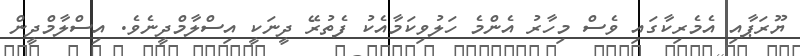
ޔޫރަޕާއި އެމެރިކާގައި ވެސް މިހާރު އެންމެ ހަލުވިކަމާއެކު ފެތުރޭ ދީނަކީ އިސްލާމްދީނެވެ. އިސްލާމްދީން